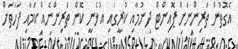
އެގޮތުން ތަރިންނަށް ޕޮއިންޓް ދިނުމާއި ކުރީގައި އުޅެނީ ކޮން ތަރިންނެއް ކަމާއި ފަހަތަށް